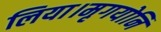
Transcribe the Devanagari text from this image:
लिया।मृगयोनि